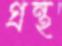
গ্রন্থ